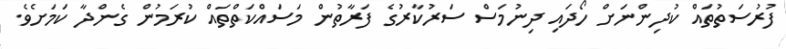
ފުރުސަތުތައް ކުދިންނަށް ހޯދައި ދިނުމަސް ސަރުކާރުގެ ފަރާތުން މަސައްކަތްތައް ކުރަމުން ގެންދާ ކަމަށެވެ.